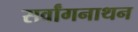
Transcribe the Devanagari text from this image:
सर्वांगनाथन